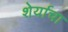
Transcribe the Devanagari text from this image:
शेर्याचा